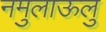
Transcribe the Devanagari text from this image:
नमुलाऊलु